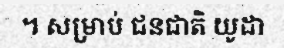
។ សម្រាប់ ជនជាតិ យូដា